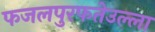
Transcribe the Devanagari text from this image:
फजलपुरफतेउल्ला